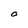
Character: O